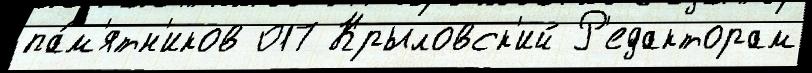
па́м'ятн'иков 017 Крыловск'ий Р'едакторам